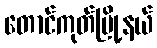
တောင်ကုတ်မြို့နယ်